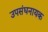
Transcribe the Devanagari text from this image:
उपसंघनायक